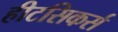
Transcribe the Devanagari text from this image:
हीटसिकर्स